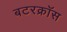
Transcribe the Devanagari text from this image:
बटरक्रॉस